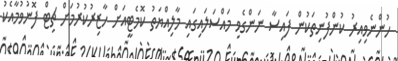
ހުންނެވިއިރު ކުންފުނިތަކުން ފައިސާ ނަންގެވި މައްސަލައިގައި މާލިއްޔަތު ކޮމެޓީއަށް ހާޒިރުކުރުމަށް ޗިޓް ފޮނުވުމާއެކު